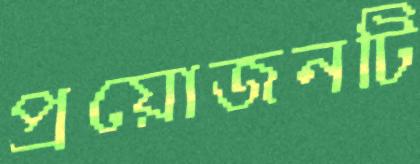
প্রয়োজনটি